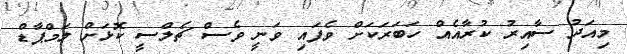
މިއަދު ސާއިރު ކުރާއެއް ހަބަރަކަށް ވެފައި ވަނީ ވެސް ޗެލްސީ ކޮޅަށް ލަމްޕާޑް